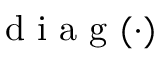
\mathrm { ~ d ~ i ~ a ~ g ~ } ( \cdot )